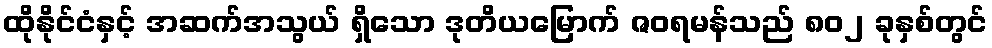
ထိုနိုင်ငံနှင့် အဆက်အသွယ် ရှိသော ဒုတိယမြောက် ဇဝရမန်သည် ၈၀၂ ခုနှစ်တွင်